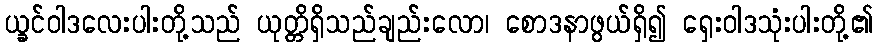
ယ္ခင်ဝါဒလေးပါးတို့သည် ယုတ္တိရှိသည်ချည်းလော၊ စောဒနာဖွယ်ရှိ၍ ရှေးဝါဒသုံးပါးတို့၏